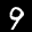
Label: 9